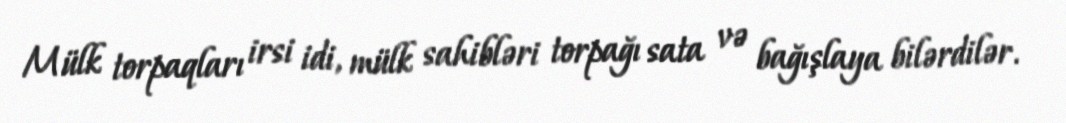
Mülk torpaqları irsi idi, mülk sahibləri torpağı sata və bağışlaya bilərdilər.